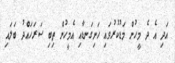
އަދި އެ ދެ މީހުން މަޑުކުރުވައި ހަށިގަނޑާއި އެމީހުން ތިބި ސަރަހައްދު ބަލައި